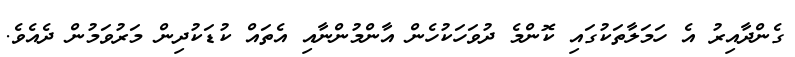
ގެންދާއިރު އެ ހަމަލާތަކުގައި ކޮންމެ ދުވަހަކުހެން އާންމުންނާއި އެތައް ކުޑަކުދިން މަރުވަމުން ދެއެވެ.